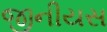
જીનીયસ